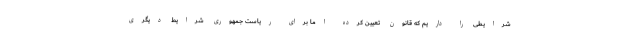
شرایطی را داریم که قانون تعیین کرده اما برای ریاست جمهوری شرایط دیگری